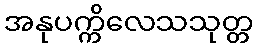
အနုပက္ကိလေသသုတ္တ